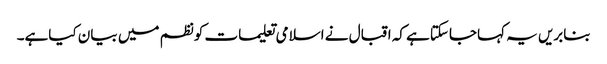
بنابریں یہ کہاجاسکتاہے کہ اقبال نے اسلامی تعلیمات کونظم میں بیان کیاہے۔